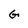
Character: G